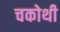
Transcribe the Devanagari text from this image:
चकोथी